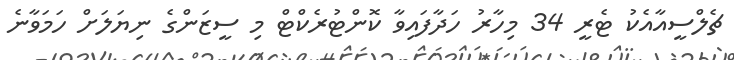
ޗެލްސީއާއެކު ޓެރީ 34 މިހާރު ހަދާފައިވާ ކޮންޓުރެކްޓް މި ސީޒަންގެ ނިޔަލަށް ހަމަވާނެ